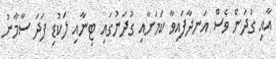
އާއި ގުދަން ވެސް އަނދާފައިވާ ކަމަށާއި ގުދަނުގައި ޓިނާއި ލަކުޑި ފަދަ ސާމާނު